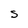
Character: S